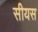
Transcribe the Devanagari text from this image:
सीयस